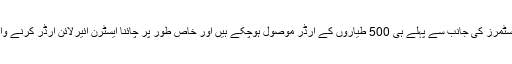
حکام کا کہنا ہے کہ 23 کسٹمرز کی جانب سے پہلے ہی 500 طیاروں کے آرڈر موصول ہوچکے ہیں اور خاص طور پر چائنا ایسٹرن ائیرلائن آرڈر کرنے والا سب سے بڑا کسٹمر ہے۔